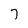
Character: 7